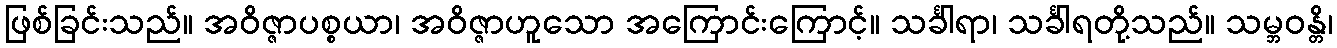
ဖြစ်ခြင်းသည်။ အဝိဇ္ဇာပစ္စယာ၊ အဝိဇ္ဇာဟူသော အကြောင်းကြောင့်။ သင်္ခါရာ၊ သင်္ခါရတို့သည်။ သမ္ဘဝန္တိ၊